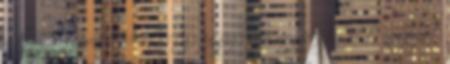
a tárgyévi járadék 5%-át. Az ezen jogcímen megállapított összeget